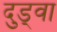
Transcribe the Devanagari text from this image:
दुड्वा